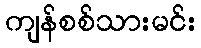
ကျန်စစ်သားမင်း